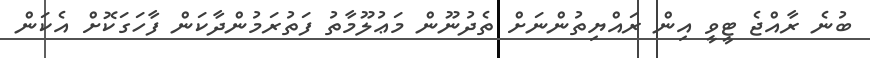
ބުނެ ރާއްޖެ ޓީވީ އިން ރައްޔިތުންނަށް ތެދުނޫން މަޢުލޫމާތު ފަތުރަމުންދާކަން ފާހަގަކޮށް އެކަން